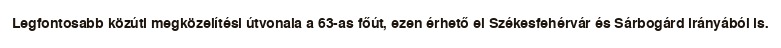
Legfontosabb közúti megközelítési útvonala a 63-as főút, ezen érhető el Székesfehérvár és Sárbogárd irányából is.